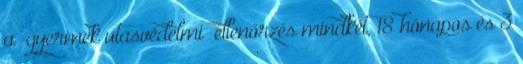
a „gyermek utasvédelmi” ellenőrzés mindkét, 18 hónapos és 3